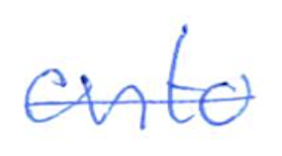
Text: onto
Cross-out: mix
Writing tool: ballpoint